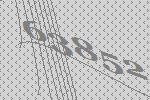
63852